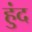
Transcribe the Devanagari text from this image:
हुंद